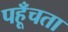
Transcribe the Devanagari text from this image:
पहूँचता